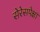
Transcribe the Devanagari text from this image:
सेरेसपेक्षा